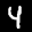
Label: 4